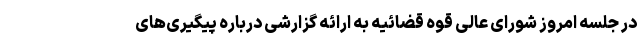
در جلسه امروز شورای عالی قوه قضائیه به ارائه گزارشی درباره پیگیری‌های